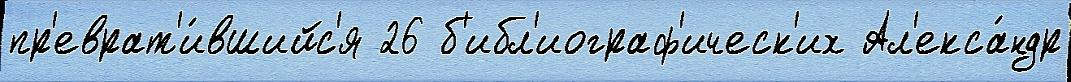
пр'еврат'и́вшийс'я 26 б'ибл'иограф'ическ'их Ал'екса́ндр